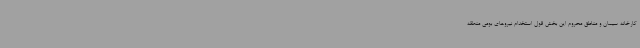
کارخانه سیمان و مناطق محروم این بخش قول استخدام نیروهای بومی منطقه